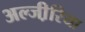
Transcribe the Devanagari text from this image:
अल्जी़रिया